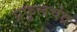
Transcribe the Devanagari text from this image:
प्रफुलचंद्र